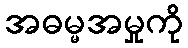
အဓမ္မအမှုကို